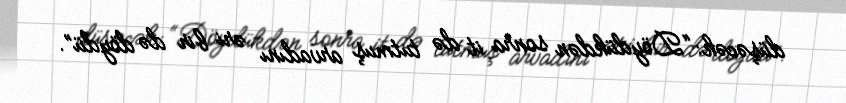
düşəcək: “Döydükdən sonra it də tutmuş arvadını əri bir də döydü”.